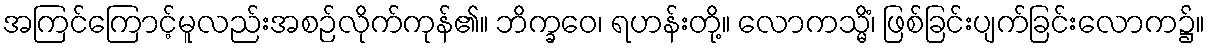
အကြင်ကြောင့်မူလည်းအစဉ်လိုက်ကုန်၏။ ဘိက္ခဝေ၊ ရဟန်းတို့။ လောကသ္မိံ၊ ဖြစ်ခြင်းပျက်ခြင်းလောက၌။